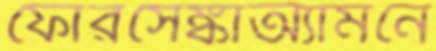
ফোরসেঙ্কাঅ্যামনে